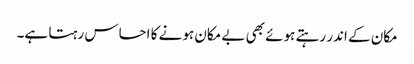
مکان کے اندر رہتے ہوئے بھی بے مکان ہونے کا احساس رہتا ہے۔